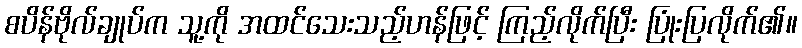
စပိန်ဗိုလ်ချုပ်က သူ့ကို အထင်သေးသည့်ဟန်ဖြင့် ကြည့်လိုက်ပြီး ပြုံးပြလိုက်၏။